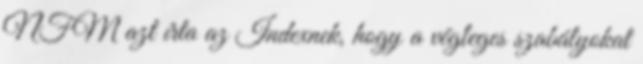
NFM azt írta az Indexnek, hogy a végleges szabályokat